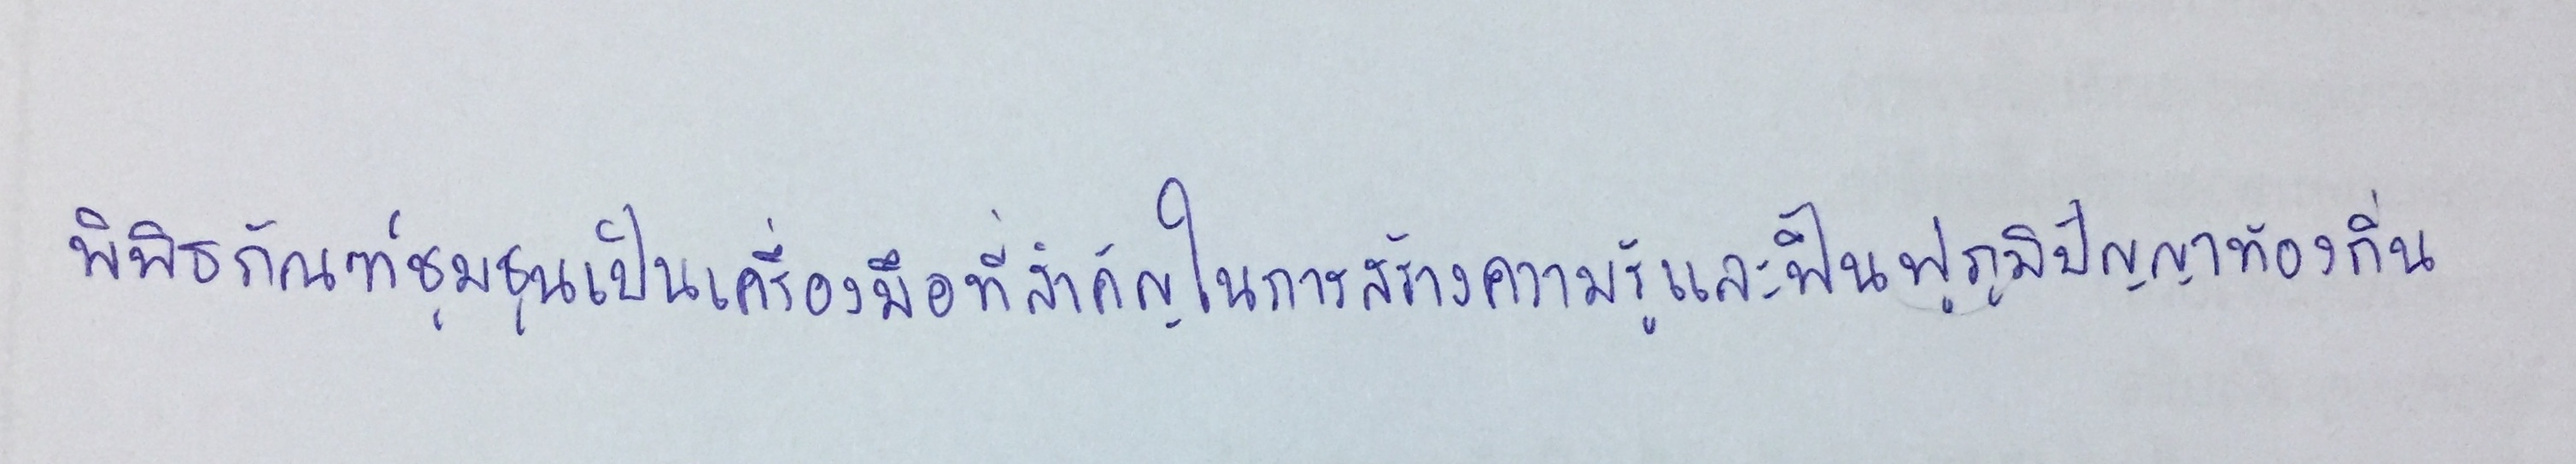
พิพิธภัณฑ์ชุมชนเป็นเครื่องมือที่สำคัญในการสร้างความรู้และฟื้นฟูภูมิปัญญาท้องถิ่น